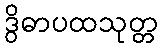
ဒွိဓာပထသုတ္တ